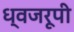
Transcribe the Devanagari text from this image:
ध्वजरूपी